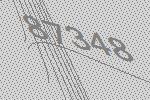
87348